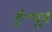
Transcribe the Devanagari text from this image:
ई॰पूर्व